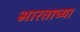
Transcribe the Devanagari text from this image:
भारताच्‍या